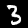
Digit: 3